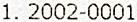
1. 2002-0001